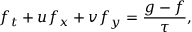
{ { f } _ { t } } + u { { f } _ { x } } + v { { f } _ { y } } = \frac { g - f } { \tau } ,